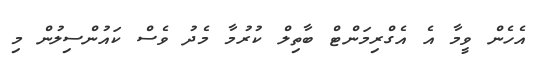
އެހެން ވީމާ އެ އެގްރިމަންޓް ބާތިލް ކުރުމާ މެދު ވެސް ކައުންސިލުން މި